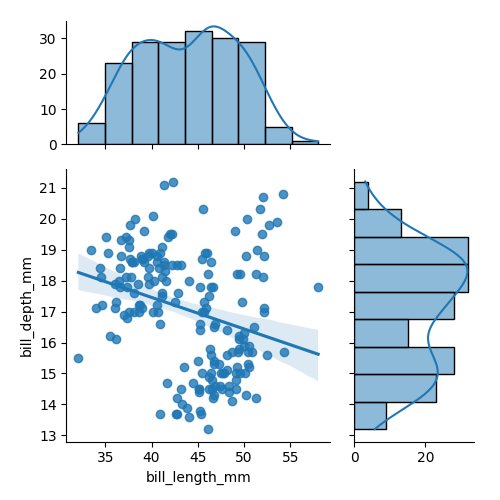
python, seaborn, jointplot, kind='reg', height='5', ratio='2', marginal_ticks='True'